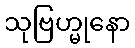
သုဗြဟ္မုနော